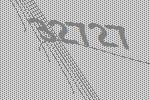
32727